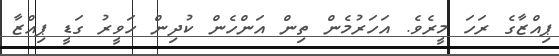
ޕިއްޒާގެ ރަހަ މީރެވެ. އަހަރުމެން ތިން އަންހެން ކުދިން ހަވީރު ގަޑީ ޕިއްޒާ